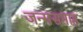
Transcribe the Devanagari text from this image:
जन्मसप्ताह